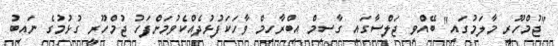
"ޖުމްހޫރީ މާލަމުގައި" ބޭއްވި ޖަލްސާގައި ގާސިމް އިބްރާހިމް ވާހަކަފުޅުދެއްކެވުމަށްފަހު ޖުމްހޫރީ ގުޅުމުގެ ނައިބު